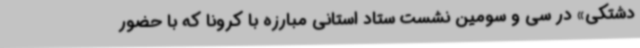
دشتکی» در سی و سومین نشست ستاد استانی مبارزه با کرونا که با حضور